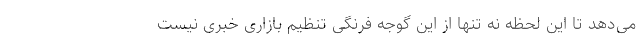
می‌دهد تا این لحظه نه تنها از این گوجه فرنگی تنظیم بازاری خبری نیست